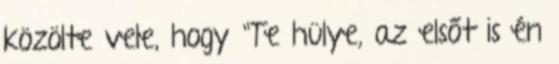
közölte vele, hogy "Te hülye, az elsőt is én